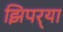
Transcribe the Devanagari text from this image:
झिपर्‍या